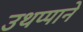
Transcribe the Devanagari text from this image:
उथप्पाने